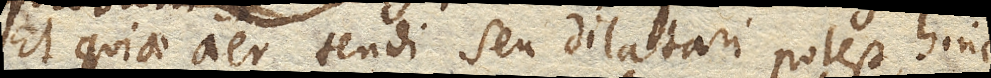
Et quia aer tendi seu dilatari potest, hinc